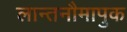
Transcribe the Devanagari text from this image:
लान्तनौमापुक